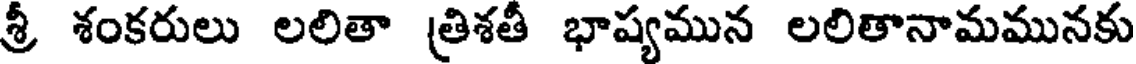
శ్రీ శంకరులు లలితా త్రిశతీ భాష్యమున లలితానామమునకు